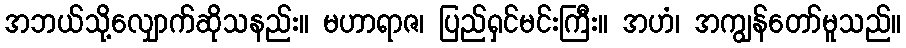
အဘယ်သို့လျှောက်ဆိုသနည်း။ မဟာရာဇ၊ ပြည်ရှင်မင်းကြီး။ အဟံ၊ အကျွန်တော်မူသည်။